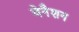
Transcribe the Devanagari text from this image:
वेनैशन